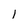
Character: 1